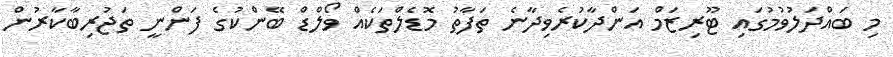
މި ބައްދަލުވުމުގައި ޓޫރިޒަމް އަންދާކުރެވިދާނެ ތަފާތު މޮޑެލްތަކެއް ވޯލްޑް ބޭންކުގެ ފަންނީ ތަޖުރިބާކާރުން